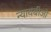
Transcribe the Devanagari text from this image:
न्यायबीजों